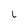
Character: L